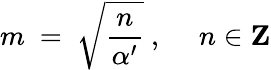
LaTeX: m~=~\sqrt{{\frac{n}{\alpha^{\prime}}}}~,~~~~~n\in{\mathbf Z}